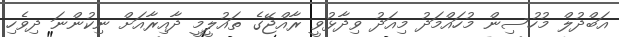
އަބްދުލް މުހުސިން މުހައްމަދު މިއަދު ވިދާޅުވީ ރާއްޖޭގެ ތައުލީމީ ދާއިރާއަށް ނިކުންނަ ދިވެހި